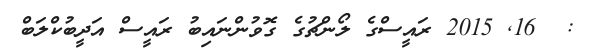
:  16